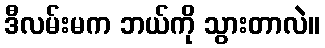
ဒီလမ်းမက ဘယ်ကို သွားတာလဲ။